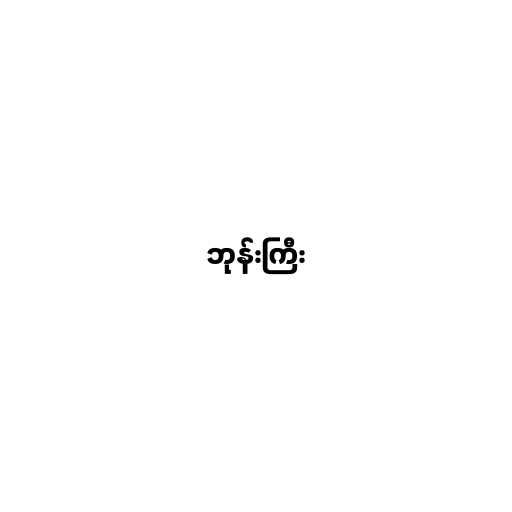
ဘုန်းကြီး